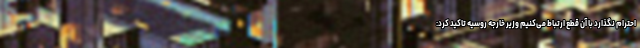
احترام نگذارد با آن قطع ارتباط می‌کنیم وزیر خارجه روسیه تاکید کرد: